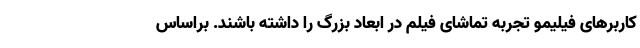
کاربرهای فیلیمو تجربه تماشای فیلم در ابعاد بزرگ را داشته باشند. براساس